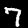
Digit: 7